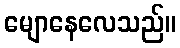
မျောနေလေသည်။